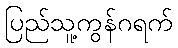
ပြည်သူ့ကွန်ဂရက်